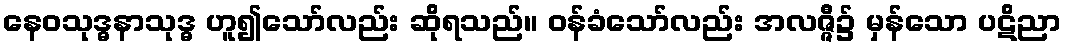
နေဝသုဒ္ဓနာသုဒ္ဓ ဟူ၍သော်လည်း ဆိုရသည်။ ဝန်ခံသော်လည်း အလဇ္ဇီ၌ မှန်သော ပဋိညာ